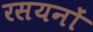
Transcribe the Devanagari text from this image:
रसयनों